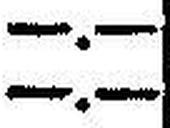
—.—